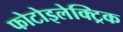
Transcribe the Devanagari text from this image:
फोटोइलेक्ट्रिक